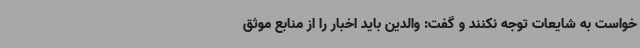
خواست به شایعات توجه نکنند و گفت: والدین باید اخبار را از منابع موثق